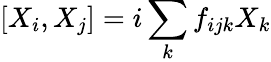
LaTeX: [{X}_{i},{X}_{j}]=i\sum_{k}f_{ijk}{X}_{k}